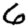
Digit: 6